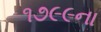
૧૭૯૯ના